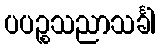
ပပဉ္စသညာသင်္ခါ